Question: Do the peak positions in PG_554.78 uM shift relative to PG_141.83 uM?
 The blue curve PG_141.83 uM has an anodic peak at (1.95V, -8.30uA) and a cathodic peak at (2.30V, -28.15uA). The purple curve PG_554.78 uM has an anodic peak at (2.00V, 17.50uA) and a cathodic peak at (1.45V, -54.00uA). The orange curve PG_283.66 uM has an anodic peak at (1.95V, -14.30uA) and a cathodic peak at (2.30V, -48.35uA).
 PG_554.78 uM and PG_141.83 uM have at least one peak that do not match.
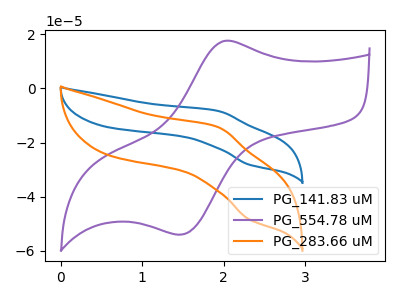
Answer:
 <answer>Yes, "PG_554.78 uM" and "PG_141.83 uM" are different in shape.</answer>
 <eval>yes_change</eval>